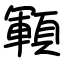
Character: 顐